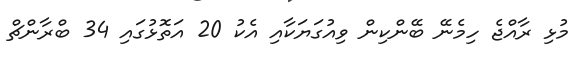
މުޅި ރާއްޖެ ހިމެނޭ ބޭންކިން ވިއުގަޔަކާއި އެކު 20 އަތޮޅުގައި 34 ބްރާންޗް